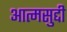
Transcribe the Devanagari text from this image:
आत्मसुद्दी